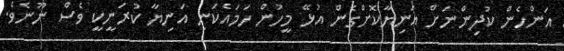
އަންހެން ކުދިންނަށް އަނިޔާކޮށްގެން އުޅޭ މީހުން ހަަމައެކަނި އަނިޔާ ކުރަނީކީ ވެސް ނޫނެވެ.